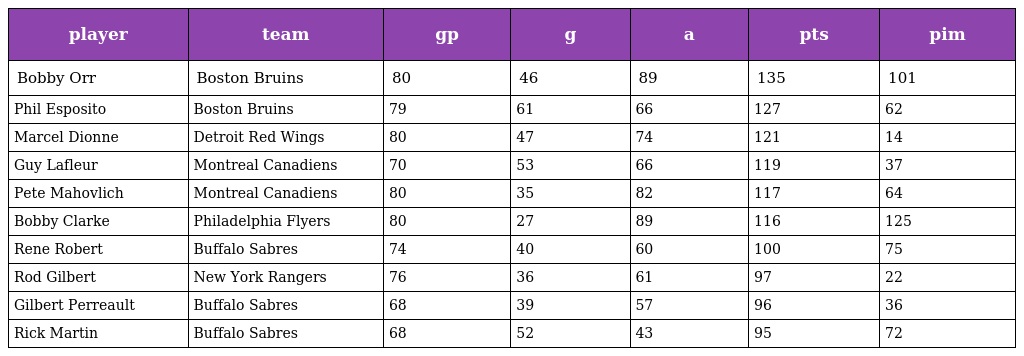
| player | team | gp | g | a | pts | pim |
 | --- | --- | --- | --- | --- | --- | --- |
 | Bobby Orr | Boston Bruins | 80 | 46 | 89 | 135 | 101 |
 | Phil Esposito | Boston Bruins | 79 | 61 | 66 | 127 | 62 |
 | Marcel Dionne | Detroit Red Wings | 80 | 47 | 74 | 121 | 14 |
 | Guy Lafleur | Montreal Canadiens | 70 | 53 | 66 | 119 | 37 |
 | Pete Mahovlich | Montreal Canadiens | 80 | 35 | 82 | 117 | 64 |
 | Bobby Clarke | Philadelphia Flyers | 80 | 27 | 89 | 116 | 125 |
 | Rene Robert | Buffalo Sabres | 74 | 40 | 60 | 100 | 75 |
 | Rod Gilbert | New York Rangers | 76 | 36 | 61 | 97 | 22 |
 | Gilbert Perreault | Buffalo Sabres | 68 | 39 | 57 | 96 | 36 |
 | Rick Martin | Buffalo Sabres | 68 | 52 | 43 | 95 | 72 |